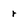
Character: r